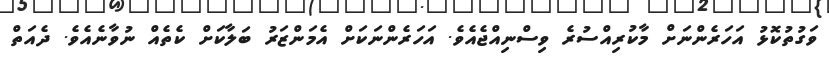
ވަގުތުކޮޅު އަހަރެންނަށް މާކުރިއްސުރެ ވިސްނިއްޖެއެވެ. އަހަރެންނަކަށް އެމަންޒަރު ބަލާކަށް ކެތެއް ނުވާނެއެވެ. ދެއަތް